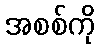
အစစ်ကို